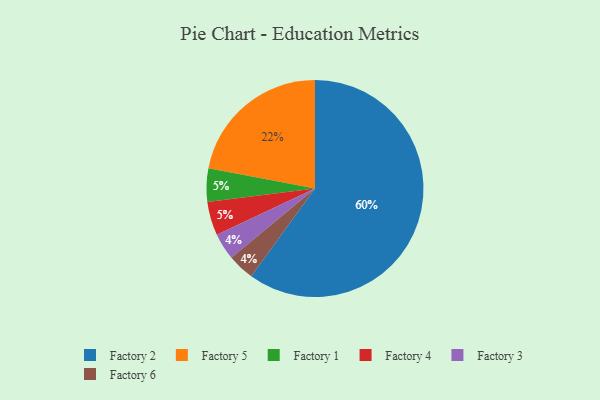
{"axis": {"x": "Category", "y": "Percentage"}, "legend": ["Factory 1", "Factory 2", "Factory 3", "Factory 4", "Factory 5", "Factory 6"], "data": [{"x": "Factory 1", "y": 5, "type": "Factory 1"}, {"x": "Factory 2", "y": 60, "type": "Factory 2"}, {"x": "Factory 3", "y": 4, "type": "Factory 3"}, {"x": "Factory 4", "y": 5, "type": "Factory 4"}, {"x": "Factory 5", "y": 22, "type": "Factory 5"}, {"x": "Factory 6", "y": 4, "type": "Factory 6"}]}